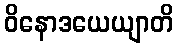
ဝိနောဒယေယျာတိ